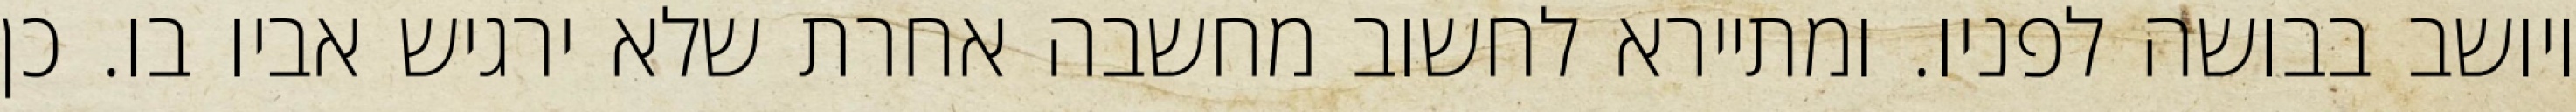
ויושב בבושה לפניו. ומתיירא לחשוב מחשבה אחרת שלא ירגיש אביו בו. כן